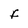
Character: F